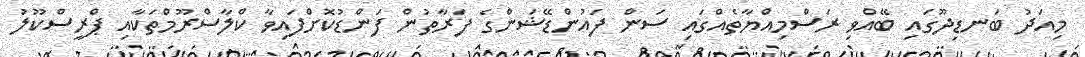
މިއަދު ބަނޑިދޫގައި ބޭއްވި ރަސްމިއްޔާތެއްގައި ސަން ފައުންޑޭޝަންގެ ފަރާތުން ފަންޑުކޮށްފައިވާ ކްލާސްރޫމްތަކާއި ޕްރީސްކޫލު